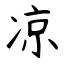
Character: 凉